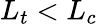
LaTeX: L_{t}<L_{c}